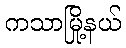
ကသာမြို့နယ်